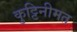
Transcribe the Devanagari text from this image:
कुट्टिनीमत